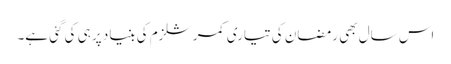
اس سال بھی رمضان کی تیاری کمرشلزم کی بنیاد پر ہی کی گئی ہے۔